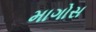
માગોસ